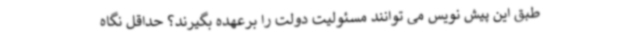
طبق این پیش نویس می توانند مسئولیت دولت را برعهده بگیرند؟ حداقل نگاه